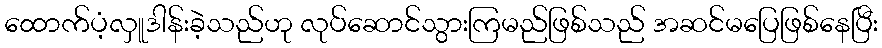
ထောက်ပံ့လှူဒါန်းခဲ့သည်ဟု လုပ်ဆောင်သွားကြမည်ဖြစ်သည် အဆင်မပြေဖြစ်နေပြီး